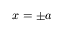
x = \pm a